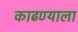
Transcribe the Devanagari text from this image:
काढण्याला